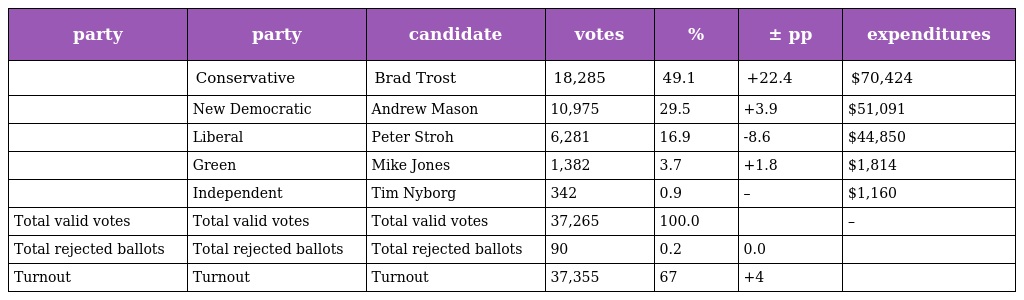
| party | party | candidate | votes | % | ± pp | expenditures |
 | --- | --- | --- | --- | --- | --- | --- |
 |  | Conservative | Brad Trost | 18,285 | 49.1 | +22.4 | $70,424 |
 |  | New Democratic | Andrew Mason | 10,975 | 29.5 | +3.9 | $51,091 |
 |  | Liberal | Peter Stroh | 6,281 | 16.9 | -8.6 | $44,850 |
 |  | Green | Mike Jones | 1,382 | 3.7 | +1.8 | $1,814 |
 |  | Independent | Tim Nyborg | 342 | 0.9 | – | $1,160 |
 | Total valid votes | Total valid votes | Total valid votes | 37,265 | 100.0 |  | – |
 | Total rejected ballots | Total rejected ballots | Total rejected ballots | 90 | 0.2 | 0.0 |  |
 | Turnout | Turnout | Turnout | 37,355 | 67 | +4 |  |